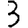
Digit: 3